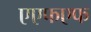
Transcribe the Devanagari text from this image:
एएफएफ